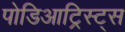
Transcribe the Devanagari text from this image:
पोडिआट्रिस्ट्स